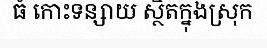
ធំ កោះទន្សាយ ស្ថិតក្នុងស្រុក